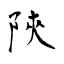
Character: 陝